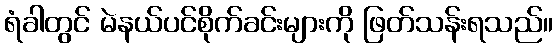
ရံခါတွင် မဲနယ်ပင်စိုက်ခင်းများကို ဖြတ်သန်းရသည်။